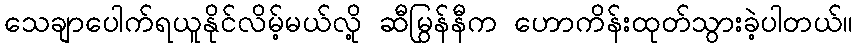
သေချာပေါက်ရယူနိုင်လိမ့်မယ်လို့ ဆီမြွန်နီက ဟောကိန်းထုတ်သွားခဲ့ပါတယ်။